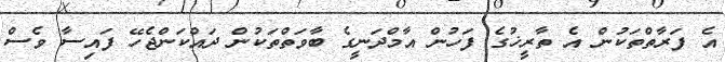
އެ ފަރާތްތަކުން އެ ތާރީޚުގެ ފަހުން އާމްދަނީގެ ބާވަތްތަކުން ދައްކަންޖެހޭ ފައިސާ ވެސް